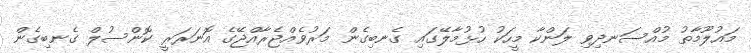
މައުލޫމާތު މުއްސަނދިވި ލަންކާ މީހަކު ހުޅުމާލޭގައި ގެނބިގެން މަރުވެއްޖެރާއްޖޭގެ އޮނަރަރީ ކޮންސުލް ގެނބިގެން